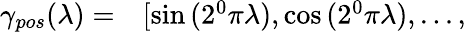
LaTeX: \begin{array}{rl}{\gamma_{pos}(\lambda)=}&{{}[\sin{(2^{0}\pi\lambda)},\cos{(2^{0}\pi\lambda)},...,}\end{array}